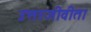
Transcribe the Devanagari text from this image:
उत्तरजीवीता